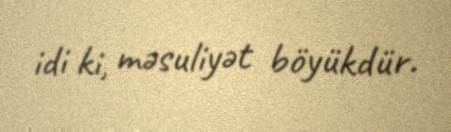
idi ki, məsuliyət böyükdür.